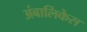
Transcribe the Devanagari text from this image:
अंबालिकेस